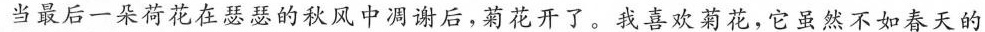
当最后一朵荷花在瑟瑟的秋风中凋谢后，菊花开了。我喜欢菊花，它虽然不如春天的